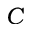
C